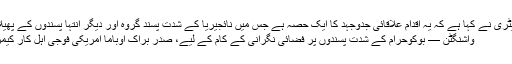
وائٹ ہاؤس پریس سکریٹری نے کہا ہے کہ یہ اقدام علاقائی جدوجہد کا ایک حصہ ہے جس میں نائجیریا کے شدت پسند گروہ اور دیگر انتہا پسندوں کے پھیلاؤ کو روکنا مقصود ہے
واشنگٹن — بوکوحرام کے شدت پسندوں پر فضائی نگرانی کے کام کے لیے، صدر براک اوباما امریکی فوجی اہل کار کیمرون روانہ کر رہے ہین۔